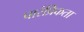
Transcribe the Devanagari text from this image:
पारंप्रिकता